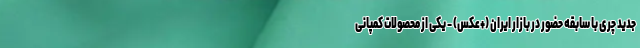
جدید چری با سابقه حضور در بازار ایران (+عکس) - یکی از محصولات کمپانی